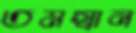
তমস্বান